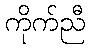
ကိုက်ညီ